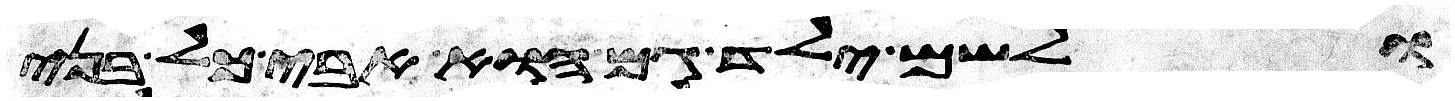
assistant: ולשם ילד גם הוא אבי כל בני